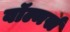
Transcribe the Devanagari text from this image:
वॉल्मर्स